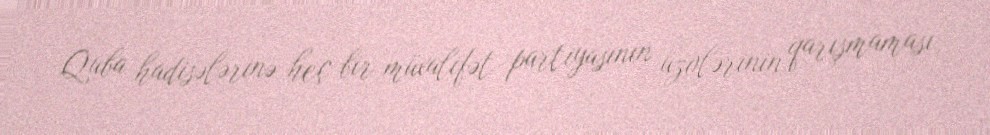
Quba hadisələrinə heç bir müxalifət partiyasının üzvlərinin qarışmaması,